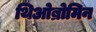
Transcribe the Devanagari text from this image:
थिओब्रोमिन